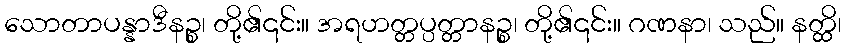
သောတာပန္နာဒီနဉ္စ၊ တို့၏၎င်း။ အရဟတ္တပ္ပတ္တာနဉ္စ၊ တို့၏၎င်း။ ဂဏနာ၊ သည်။ နတ္ထိ၊